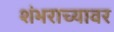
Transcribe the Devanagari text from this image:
शंभराच्यावर